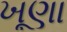
ખૂણા